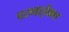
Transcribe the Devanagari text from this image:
परावाईकल